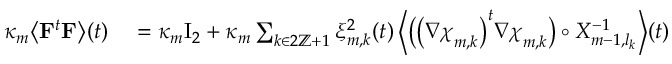
\begin{array} { r l } { \kappa _ { m } \bigl \langle \mathbf { F } ^ { t } \mathbf { F } \bigr \rangle ( t ) } & { { } = \kappa _ { m } \ensuremath { \mathrm { I } _ { 2 } } + \kappa _ { m } \sum _ { k \in 2 \ensuremath { \mathbb { Z } } + 1 } \xi _ { m , k } ^ { 2 } ( t ) \, \Bigl \langle \bigl ( \bigl ( \nabla { \boldsymbol { \chi } } _ { m , k } \bigr ) ^ { t } \nabla { \boldsymbol { \chi } } _ { m , k } \bigr ) \circ X _ { m - 1 , l _ { k } } ^ { - 1 } \Bigr \rangle ( t ) } \end{array}